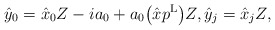
\begin{align*}\hat{y}_0=\hat{x}_0Z-ia_0+a_0\big(\hat{x}p^{\rm L}\big)Z,\hat{y}_j=\hat{x}_jZ,\end{align*}